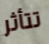
تتأثر